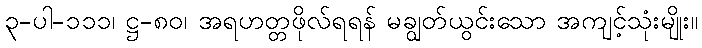
၃-ပါ-၁၁၁၊ ဋ္ဌ-၈၀၊ အရဟတ္တဖိုလ်ရရန် မချွတ်ယွင်းသော အကျင့်သုံးမျိုး။